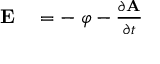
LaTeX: \begin{array} { r l } { \mathbf { E } } & { { } = - \mathbf { \nabla } \varphi - { \frac { \partial \mathbf { A } } { \partial t } } } \end{array}